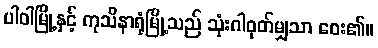
ပါဝါမြို့နှင့် ကုသိနာရုံမြို့သည် သုံးဂါဝုတ်မျှသာ ဝေး၏။